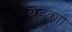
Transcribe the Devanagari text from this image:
बेडक्या